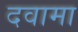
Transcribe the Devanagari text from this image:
दवामा